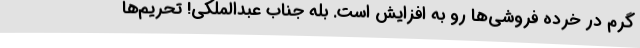
گرم در خرده فروشی‌ها رو به افزایش است. بله جناب عبدالملکی! تحریم‌ها